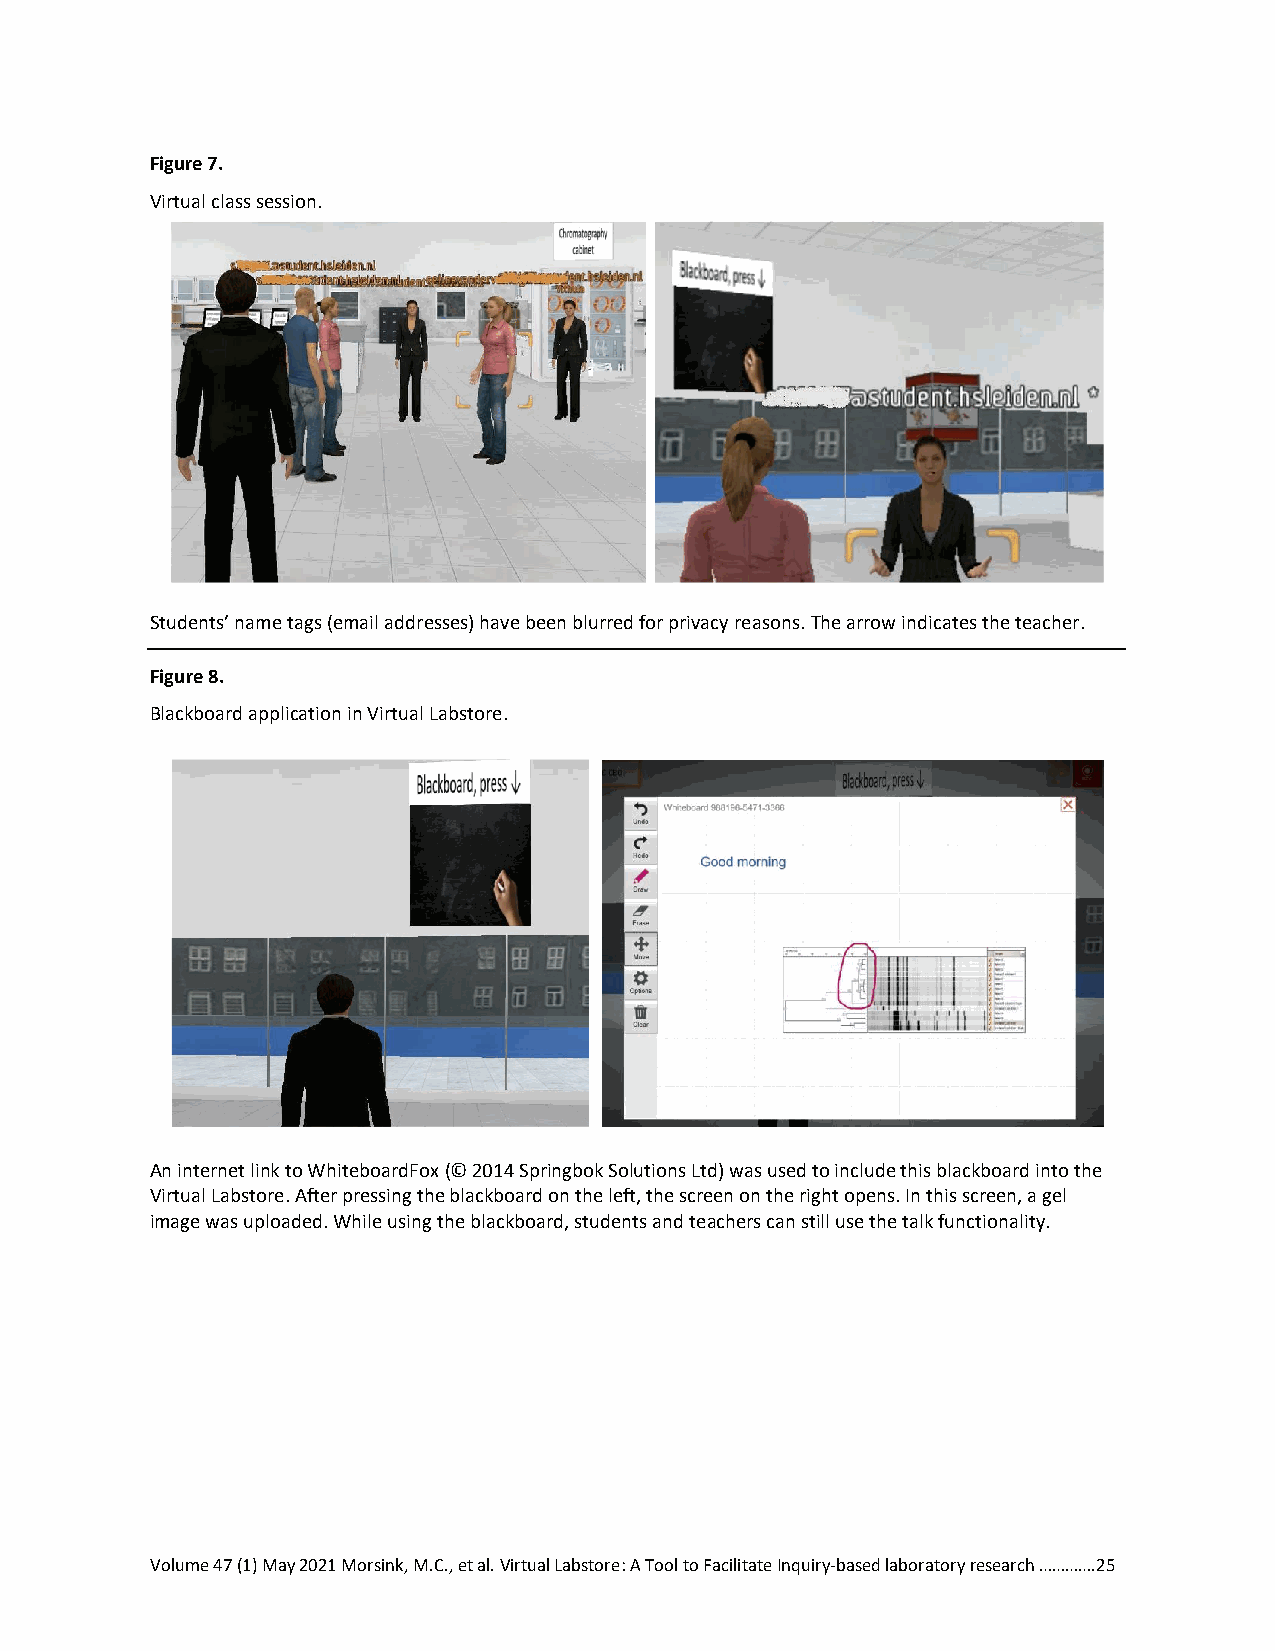
Figure 7.
 Virtual class session.
 Students’ name tags (email addresses) have been blurred for privacy reasons. The arrow indicates the teacher.
 Figure 8.
 Blackboard application in Virtual Labstore.
 An internet link to WhiteboardFox (© 2014 Springbok Solutions Ltd) was used to include this blackboard into the
 Virtual Labstore. After pressing the blackboard on the left, the screen on the right opens. In this screen, a gel
 image was uploaded. While using the blackboard, students and teachers can still use the talk functionality.
 Volume 47 (1) May 2021 Morsink, M.C., et al. Virtual Labstore: A Tool to Facilitate Inquiry-based laboratory research ………….25